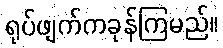
ရုပ်ဖျက်ကခုန်ကြမည်။